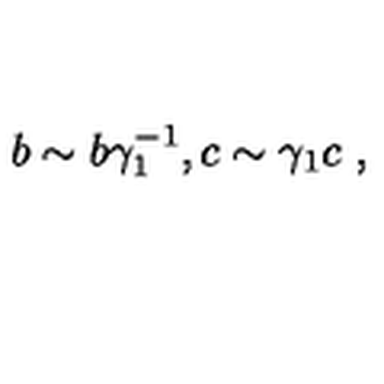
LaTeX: b \sim b \gamma _ { 1 } ^ { - 1 } , c \sim \gamma _ { 1 } c \ ,